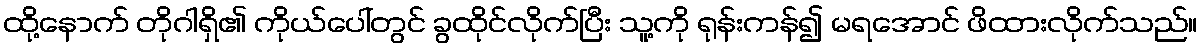
ထို့နောက် တိုဂါရှိ၏ ကိုယ်ပေါ်တွင် ခွထိုင်လိုက်ပြီး သူ့ကို ရုန်းကန်၍ မရအောင် ဖိထားလိုက်သည်။